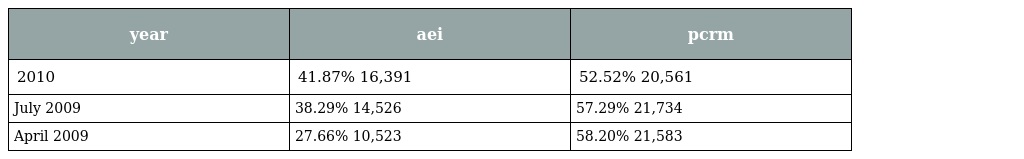
| year | aei | pcrm |
 | --- | --- | --- |
 | 2010 | 41.87% 16,391 | 52.52% 20,561 |
 | July 2009 | 38.29% 14,526 | 57.29% 21,734 |
 | April 2009 | 27.66% 10,523 | 58.20% 21,583 |